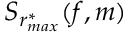
S _ { r _ { m a x } ^ { * } } ( f , m )